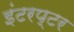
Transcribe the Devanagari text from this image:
इंटरप्टर